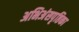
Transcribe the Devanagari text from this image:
अभिअंसपृष्ठिका